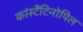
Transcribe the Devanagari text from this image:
कांस्टैंटिनोपिल